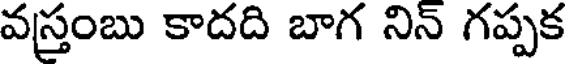
వస్తంబు కాదది బాగ నిన్ గప్పక